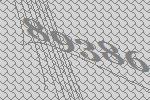
89386